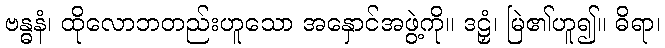
ဗန္ဓနံ၊ ထိုလောဘတည်းဟူသော အနှောင်အဖွဲ့ကို။ ဒဠှံ၊ မြဲ၏ဟူ၍။ ဓိရာ၊